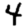
Digit: 4